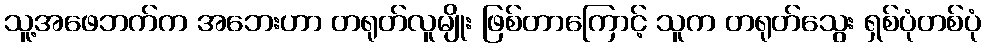
သူ့အဖေဘက်က အဘေးဟာ တရုတ်လူမျိုး ဖြစ်တာကြောင့် သူက တရုတ်သွေး ရှစ်ပုံတစ်ပုံ